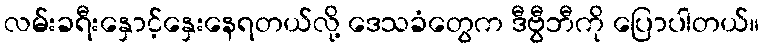
လမ်းခရီးနှောင့်နှေးနေရတယ်လို့ ဒေသခံတွေက ဒီဗွီဘီကို ပြောပါတယ်။